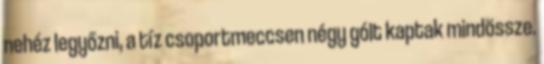
nehéz legyőzni, a tíz csoportmeccsen négy gólt kaptak mindössze.